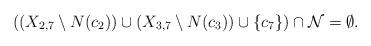
LaTeX: \begin{align*}\mbox{$((X_{2,7}\setminus N(c_2))\cup (X_{3,7}\setminus N(c_3))\cup\{c_7\})\cap {\cal N}=\emptyset$.}\end{align*}